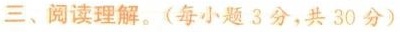
三、阅读理解.(每小题3分,共 30 分)